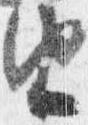
由